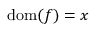
{ \mathrm { d o m } } ( f ) = x